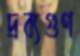
দ্রব্যগুণ